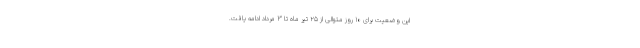
این وضعیت برای ۱۰ روز متوالی از ۲۵ تیر ماه تا ۳ مرداد ادامه یافت.